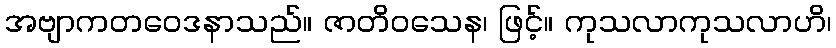
အဗျာကတဝေဒနာသည်။ ဇာတိဝသေန၊ ဖြင့်။ ကုသလာကုသလာဟိ၊